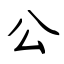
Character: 公